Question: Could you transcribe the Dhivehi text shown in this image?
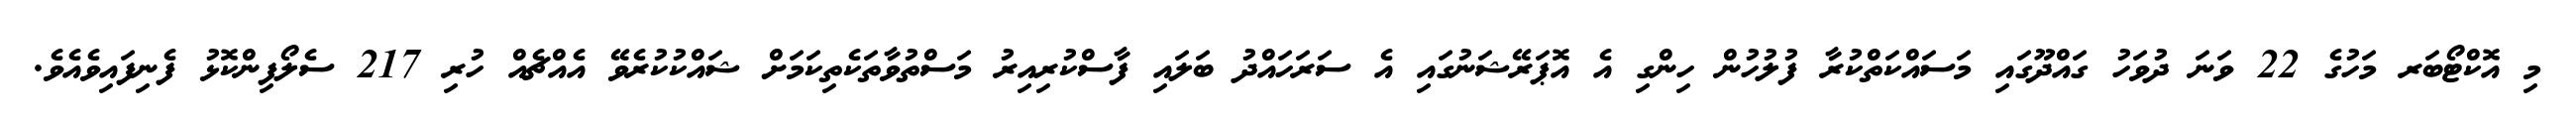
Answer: މި އޮކްޓޯބަރ މަހުގެ 22 ވަނަ ދުވަހު ގައްދޫގައި މަސައްކަތްކުރާ ފުލުހުން ހިންގި އެ އޮޕަރޭޝަނުގައި އެ ސަރަހައްދު ބަލައި ފާސްކުރިއިރު މަސްތުވާތަކެތިކަމަށް ޝައްކުކުރެވޭ އެއްޗެއް ހުރި 217 ސެލޯފިންކޮޅު ފެނިފައިވެއެވެ.